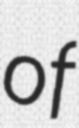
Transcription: of